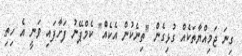
ގިނަ ޖަމިއްޔާތަކެއް ގުޅިގެން "ތިނެކުން އެކެއް" ކެމްޕޭނު ފަށާފައި ވަނީ އެ ހިތި